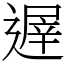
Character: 遟